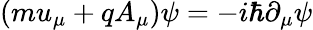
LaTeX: (mu_{\mu}+qA_{\mu})\psi=-i\hbar\partial_{\mu}\psi